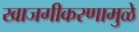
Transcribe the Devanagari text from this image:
खाजगीकरणामुळे